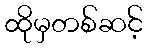
ထိုမှတစ်ဆင့်